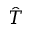
\hat { T }